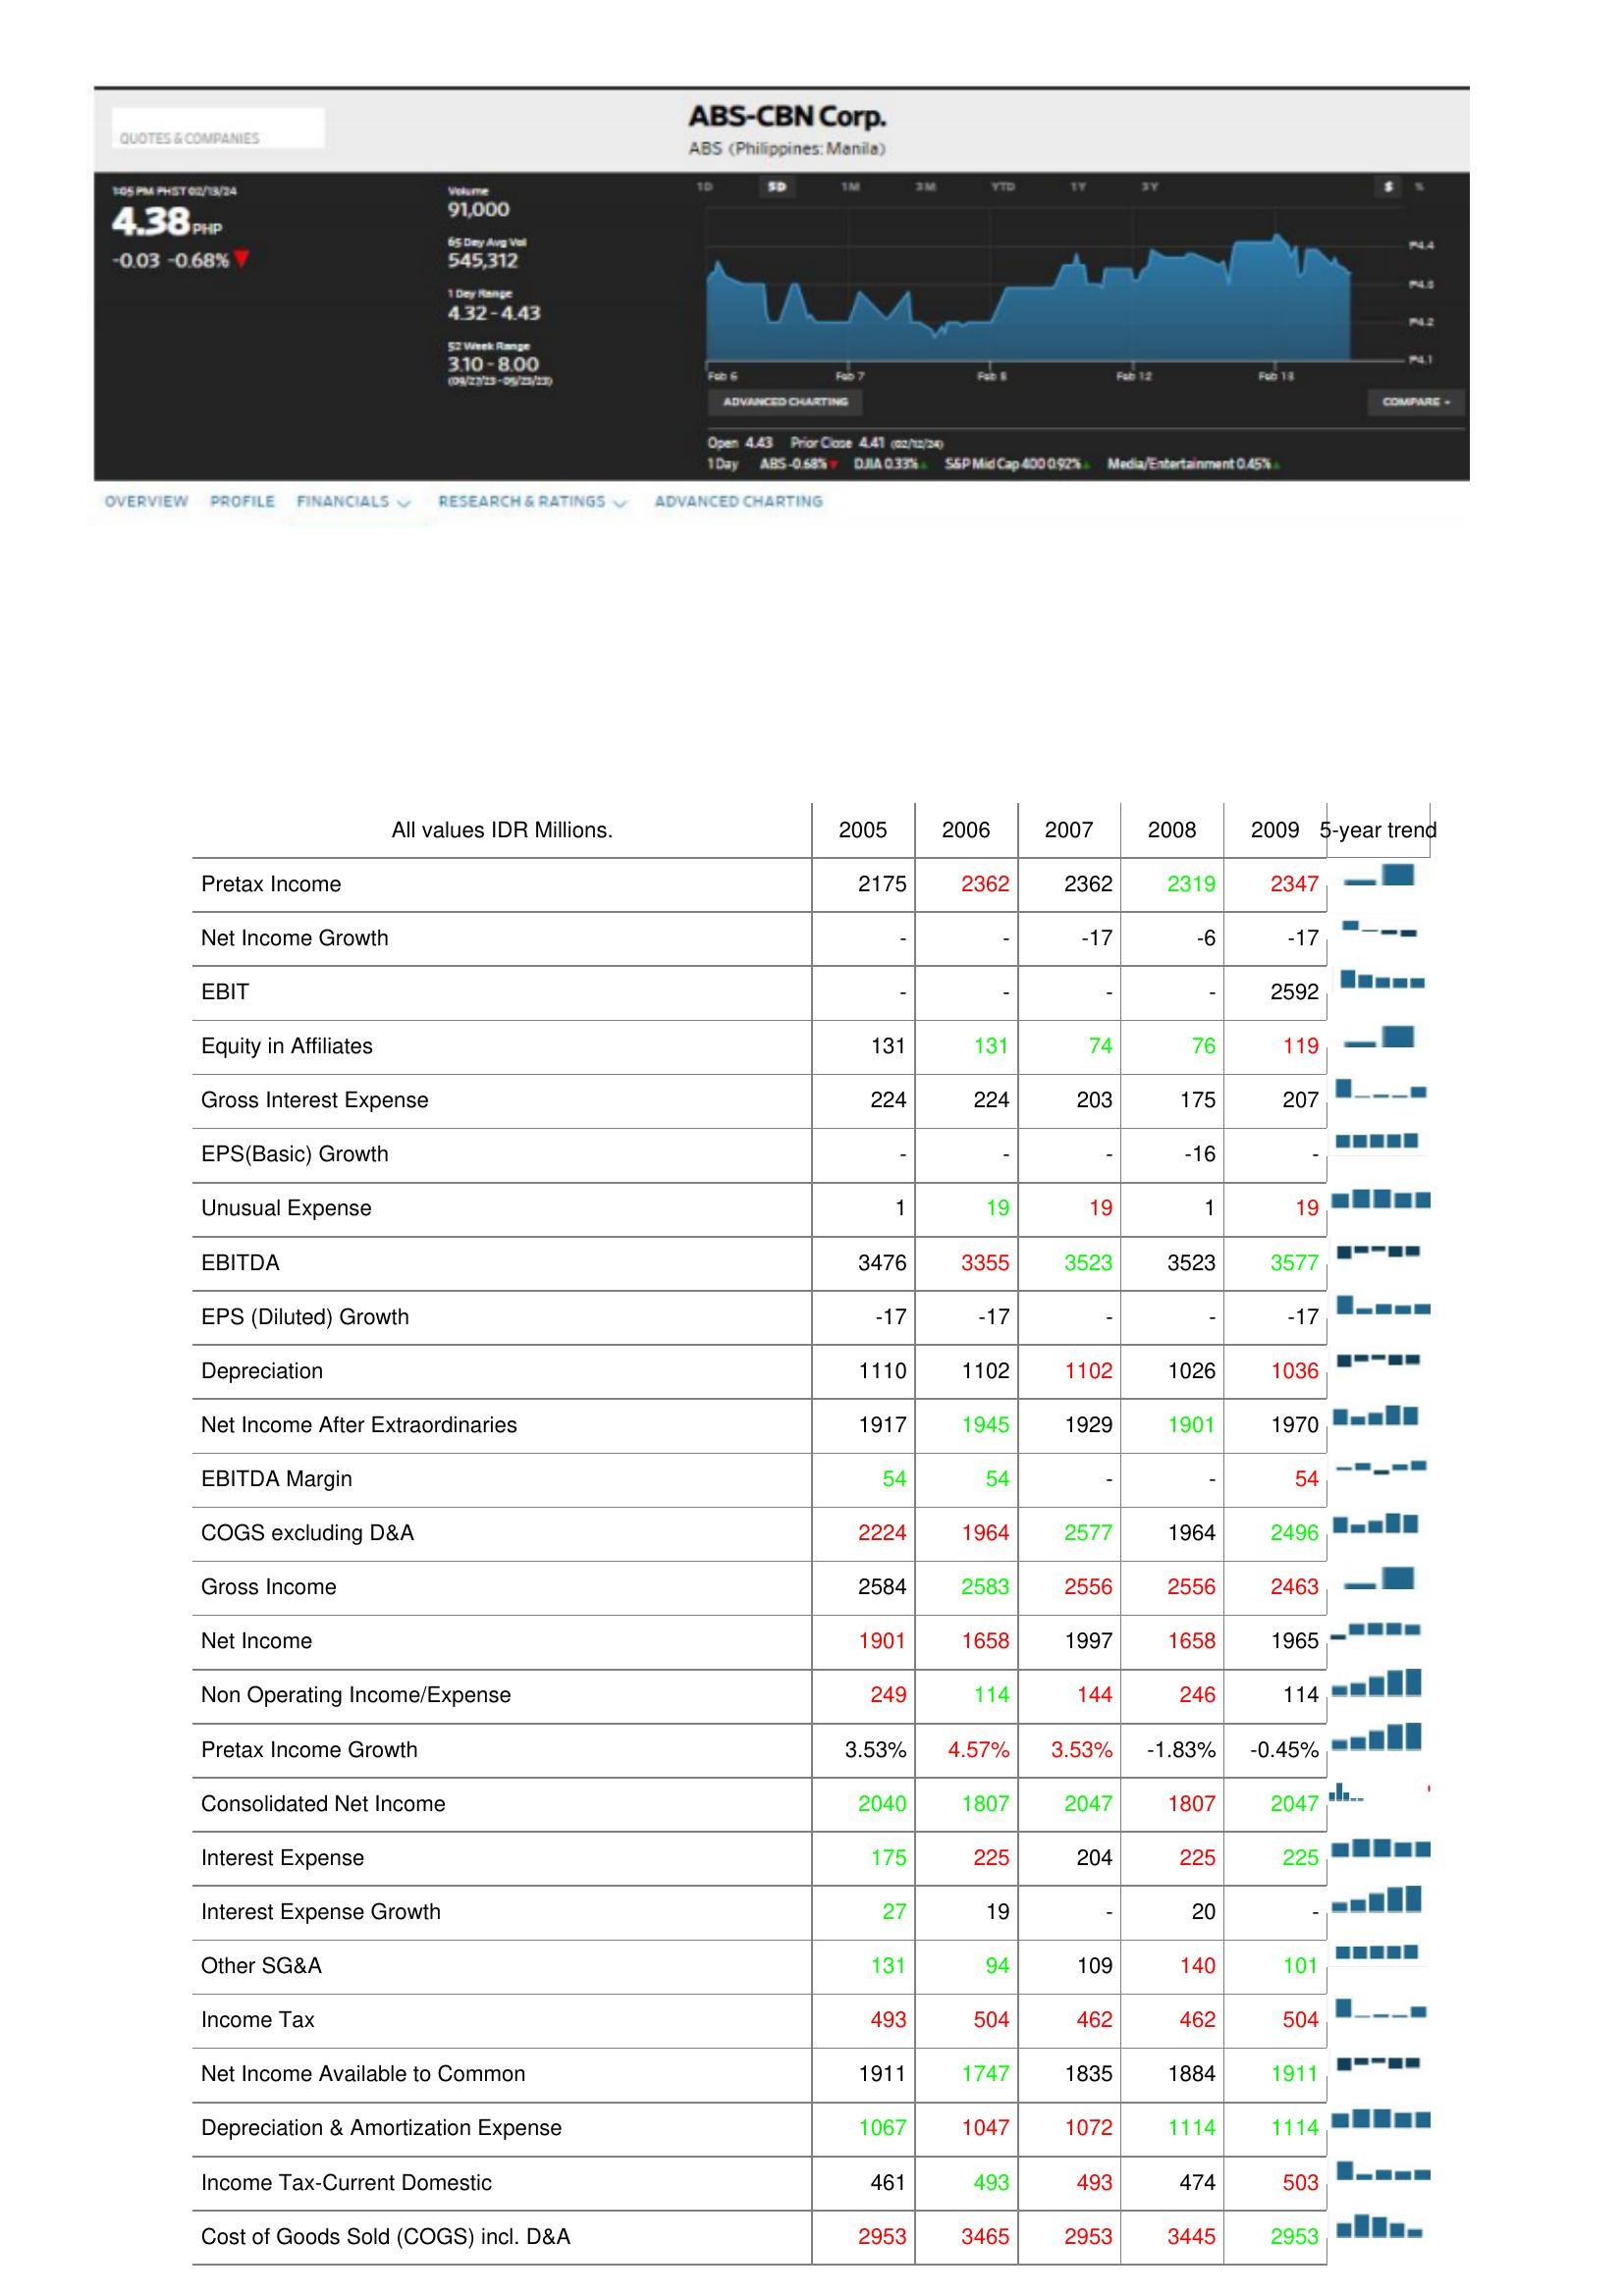
2005: : Pretax Income: 2175
Net Income Growth: -
EBIT: -
Equity in Affiliates: 131
Gross Interest Expense: 224
EPS(Basic) Growth: -
Unusual Expense: 1
EBITDA: 3476
EPS (Diluted) Growth: -17
Depreciation: 1110
Net Income After Extraordinaries: 1917
EBITDA Margin: 54
COGS excluding D&A: 2224
Gross Income: 2584
Net Income: 1901
Non Operating Income/Expense: 249
Pretax Income Growth: 3.53%
Consolidated Net Income: 2040
Interest Expense: 175
Interest Expense Growth: 27
Other SG&A: 131
Income Tax: 493
Net Income Available to Common: 1911
Depreciation & Amortization Expense: 1067
Income Tax-Current Domestic: 461
Cost of Goods Sold (COGS) incl. D&A: 2953
2006: : Pretax Income: 2362
Net Income Growth: -
EBIT: -
Equity in Affiliates: 131
Gross Interest Expense: 224
EPS(Basic) Growth: -
Unusual Expense: 19
EBITDA: 3355
EPS (Diluted) Growth: -17
Depreciation: 1102
Net Income After Extraordinaries: 1945
EBITDA Margin: 54
COGS excluding D&A: 1964
Gross Income: 2583
Net Income: 1658
Non Operating Income/Expense: 114
Pretax Income Growth: 4.57%
Consolidated Net Income: 1807
Interest Expense: 225
Interest Expense Growth: 19
Other SG&A: 94
Income Tax: 504
Net Income Available to Common: 1747
Depreciation & Amortization Expense: 1047
Income Tax-Current Domestic: 493
Cost of Goods Sold (COGS) incl. D&A: 3465
2007: : Pretax Income: 2362
Net Income Growth: -17
EBIT: -
Equity in Affiliates: 74
Gross Interest Expense: 203
EPS(Basic) Growth: -
Unusual Expense: 19
EBITDA: 3523
EPS (Diluted) Growth: -
Depreciation: 1102
Net Income After Extraordinaries: 1929
EBITDA Margin: -
COGS excluding D&A: 2577
Gross Income: 2556
Net Income: 1997
Non Operating Income/Expense: 144
Pretax Income Growth: 3.53%
Consolidated Net Income: 2047
Interest Expense: 204
Interest Expense Growth: -
Other SG&A: 109
Income Tax: 462
Net Income Available to Common: 1835
Depreciation & Amortization Expense: 1072
Income Tax-Current Domestic: 493
Cost of Goods Sold (COGS) incl. D&A: 2953
2008: : Pretax Income: 2319
Net Income Growth: -6
EBIT: -
Equity in Affiliates: 76
Gross Interest Expense: 175
EPS(Basic) Growth: -16
Unusual Expense: 1
EBITDA: 3523
EPS (Diluted) Growth: -
Depreciation: 1026
Net Income After Extraordinaries: 1901
EBITDA Margin: -
COGS excluding D&A: 1964
Gross Income: 2556
Net Income: 1658
Non Operating Income/Expense: 246
Pretax Income Growth: -1.83%
Consolidated Net Income: 1807
Interest Expense: 225
Interest Expense Growth: 20
Other SG&A: 140
Income Tax: 462
Net Income Available to Common: 1884
Depreciation & Amortization Expense: 1114
Income Tax-Current Domestic: 474
Cost of Goods Sold (COGS) incl. D&A: 3445
2009: : Pretax Income: 2347
Net Income Growth: -17
EBIT: 2592
Equity in Affiliates: 119
Gross Interest Expense: 207
EPS(Basic) Growth: -
Unusual Expense: 19
EBITDA: 3577
EPS (Diluted) Growth: -17
Depreciation: 1036
Net Income After Extraordinaries: 1970
EBITDA Margin: 54
COGS excluding D&A: 2496
Gross Income: 2463
Net Income: 1965
Non Operating Income/Expense: 114
Pretax Income Growth: -0.45%
Consolidated Net Income: 2047
Interest Expense: 225
Interest Expense Growth: -
Other SG&A: 101
Income Tax: 504
Net Income Available to Common: 1911
Depreciation & Amortization Expense: 1114
Income Tax-Current Domestic: 503
Cost of Goods Sold (COGS) incl. D&A: 2953